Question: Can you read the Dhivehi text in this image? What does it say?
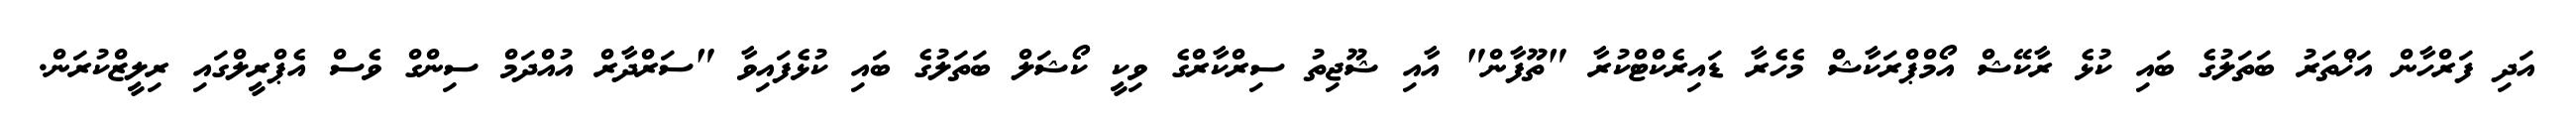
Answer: އަދި ފަރްހާން އަޚްތަރު ބަތަލުގެ ބައި ކުޅެ ރާކޭޝް އޯމްޕްރަކާޝް މެހެރާ ޑައިރެކްޓްކުރާ "ތޫފާން" އާއި ޝޫޖިތު ސިރްކާރްގެ ވިކީ ކޯޝަލް ބަތަލުގެ ބައި ކުޅެފައިވާ "ސަރްދާރް އުއްދަމް ސިންގް ވެސް އެޕްރީލްގައި ރިލީޒްކުރަން.